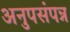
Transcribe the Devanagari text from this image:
अनुपसंपन्न